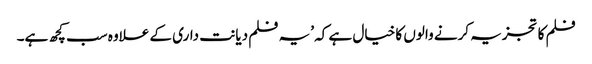
فلم کا تجزیہ کرنے والوں کا خیال ہے کہ ’یہ فلم دیانت داری کے علاوہ سب کچھ ہے۔